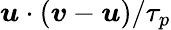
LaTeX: \boldsymbol{u}\cdot(\boldsymbol{v}-\boldsymbol{u})/\tau_{p}